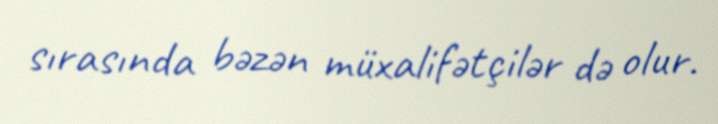
sırasında bəzən müxalifətçilər də olur.